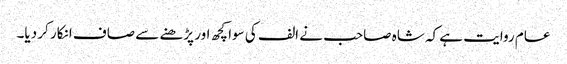
عام روایت ہے کہ شاہ صاحب نے الف کی سوا کچھ اور پڑھنے سے صاف انکار کر دیا۔